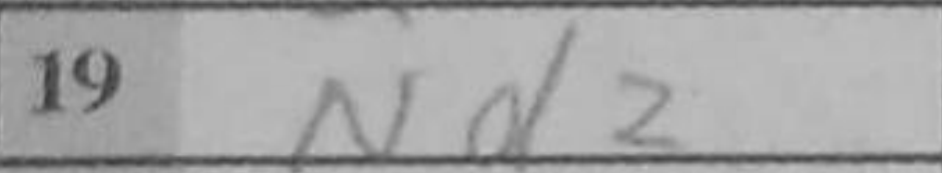
Transcription: Nd2